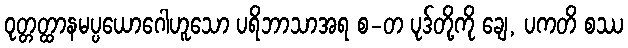
ဝုတ္တတ္ထာနမပ္ပယောဂေါဟူသော ပရိဘာသာအရ စ-တ ပုဒ်တို့ကို ချေ, ပကတိ စဿ